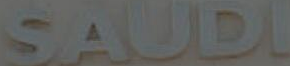
SAUDI